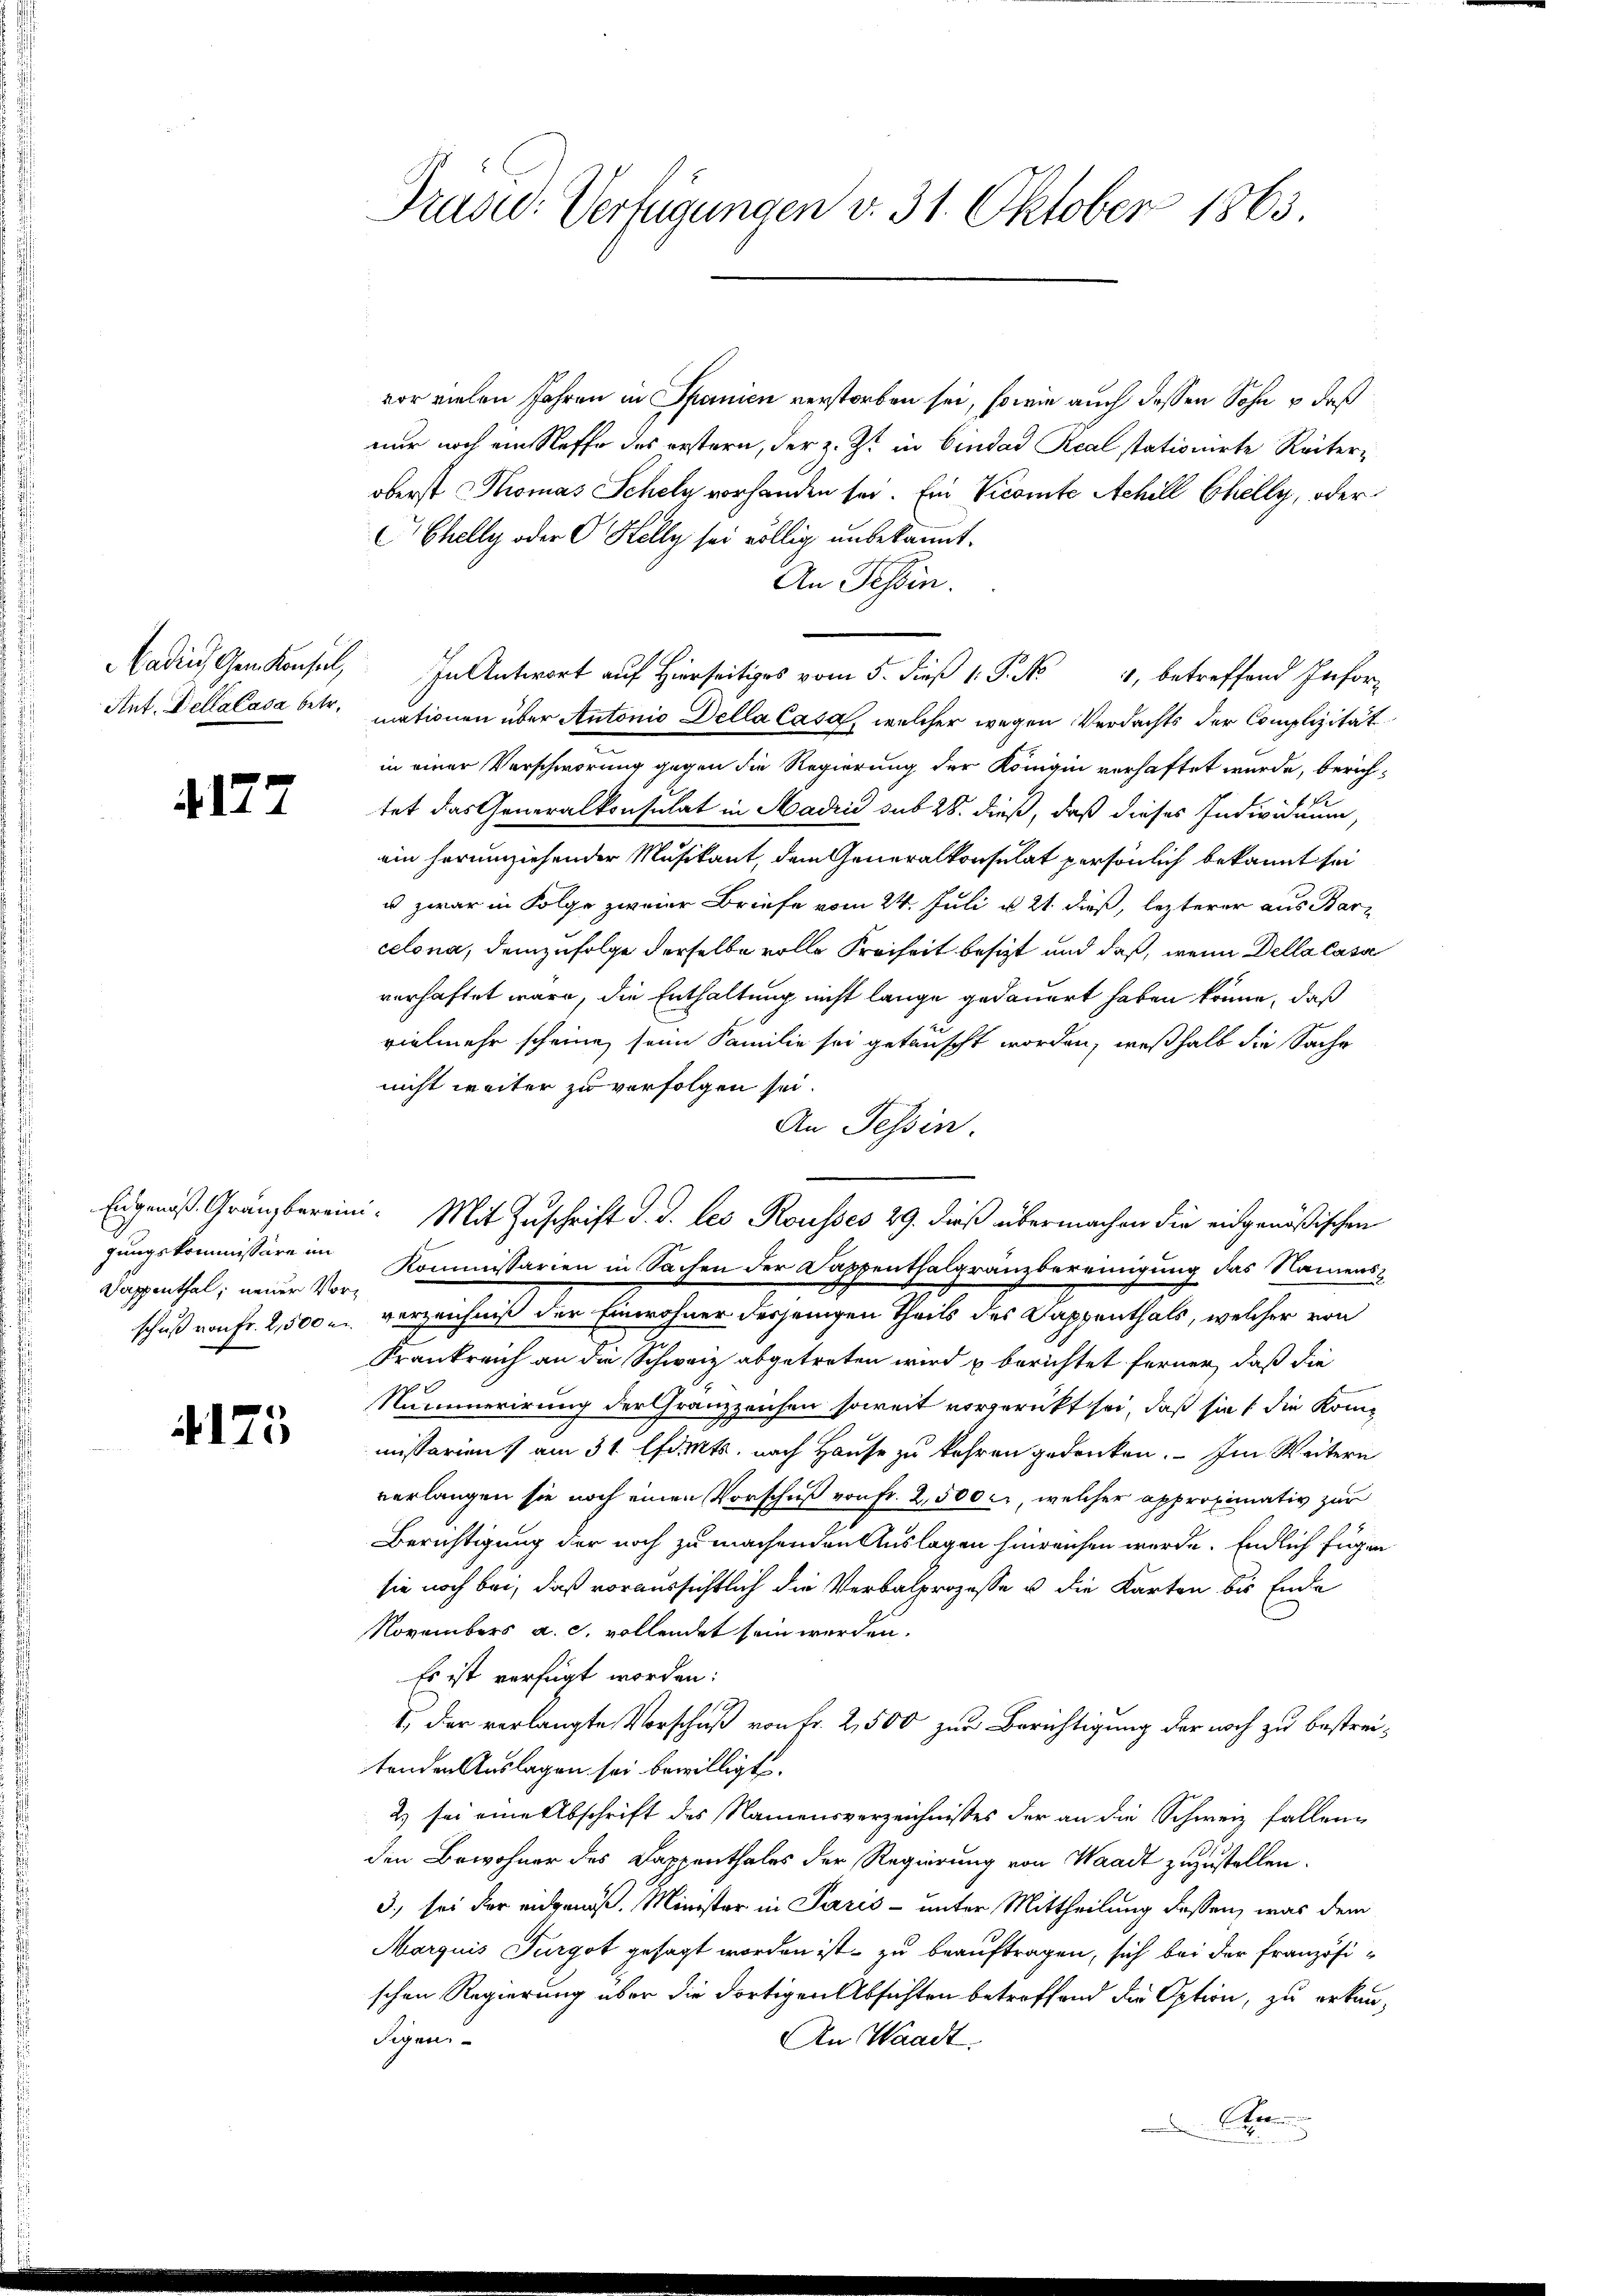
4177

gungskommissäre im
Dappenthal, neuer Vor¬

4175

Druse: Verfügungen v. 31. Oktober 1863.

vor vielen Jahren in Spanien verstorben sei, sowie auch dessen Sohn u daß
nur noch ein Neffe des erstern, der z. Zt. in Bindad Real stationirte Reiteroberst Thomas Schely vorhanden sei. Ein Vicomte Achill Chelly, oder
Chelly oder Helly sei völlig unbekannt.
An Tessin.
adiesen Konseil, In Antwort auf Hierseits vom 5. dieß P. Nr. 4, betreffend Infor-
Ant. Dellalása betr. mationen über Antonio Della Casa, welcher wegen Verdachts der Complizität
in einer Verschwörung gegen die Regierung der Königin verhaftet wurde, berichf
tet das Generalkonsulat in Madrid sub 28. dieß, daß dieses Individuum,
ein herumziehender Musikant, dem Generalkonsulat persönlich bekannt sei
u zwar in Folge zweier Briefe vom 24. Juli u. 21. dieß, lezterer aus Barcelona, demzufolge derselbe volle Freiheit besizt und daß, wenn Della lasse
verhaftet wäre, die Enthaltung nicht lange gedauert haben könne, daß
vielmehr scheine seine Familie sei getauscht worden, weßhalb die Sache
nicht weiter zu verfolgen sei.
An Tessin.
Engenoß Gränzberein. Mit Zuschrift d. d. les Rousses 29. dieß übermachen die eidgenößischen
Kommissarien in Sachen der Kappenthalgränzbereinigung das Namens
schuß von Fr. 2,500 u. verzeichniß der Einwohner desjenigen Theils des Dappenthals, welcher von
Krankreich an die Schweiz abgetreten wird u berichtet ferner, daß die
Nummerirung der Granzzeichen soweit vorzurückt sei, daß sie die Kommissarien am 31. Amts, nach Hause zu kehren gedenken. - Im Weitern
verlangen sie noch einen Vorschuß von Fr. 2,500 c., welcher approximativ zur
Berichtigung der noch zu machenden Auslagen hinreichen werde. Endlich fügen
sie noch bei, daß voraussichtlich die Verbalprozesse u. die Karten bis Ende
Novembers a. c. vollendet sein werden.
Es ist verfügt worden:
1. Der verlangte Vorschuß von Fr. 2,500 zur Berichtigung der noch zu bestreitenden Auslagen sei bewilligt.
2) sei eine Abschrift des Namensverzeichnisses der an die Schweiz fallen
den Bewohner des Dappenthales der Regierung von Waadt zuzustellen.
3., sei der eidgenöß. Minister in Paris - unter Mittheilung dessen, was dem
Marquis Furgot gesagt worden ist zu beauftragen, sich bei der Französischen Regierung über die dortigen Absichten betreffend die Option, zu erkan-
sigen.
An Waadt
Aren